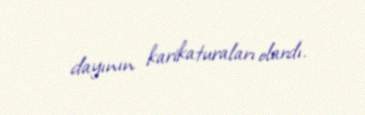
dayının karikaturaları olardı.